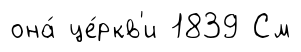
она́ це́ркв'и 1839 См